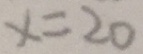
x = 2 0